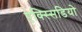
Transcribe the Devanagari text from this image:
एक्स्सिडियो